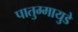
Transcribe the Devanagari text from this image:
पातुम्मायुडे